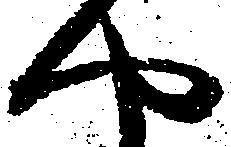
や